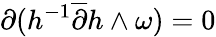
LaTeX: \partial(h^{-1}\overline{{{\partial}}}h\wedge\omega)=0